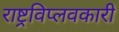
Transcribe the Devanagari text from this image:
राष्ट्रविप्लवकारी